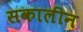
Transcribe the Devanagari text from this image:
सकालीन